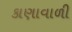
કાણાવાળી